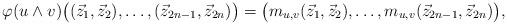
LaTeX: \begin{align*}\varphi (u \wedge v) \big( (\vec z_1, \vec z_2), \dots , (\vec z_{2n-1}, \vec z_{2n}) \big) = \big( m_{u,v} (\vec z_1, \vec z_2), \dots , m_{u,v}( \vec z_{2n-1}, \vec z_{2n}) \big),\end{align*}